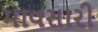
માવસારી